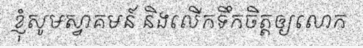
ខ្ញុំសូមស្វាគមន៍ និងលើកទឹកចិត្តឲ្យលោក